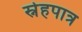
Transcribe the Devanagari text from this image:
स्नेहपात्र